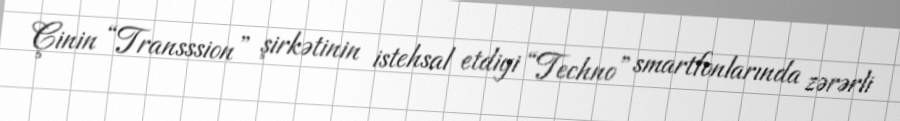
Çinin “Transssion” şirkətinin istehsal etdiyi “Techno” smartfonlarında zərərli